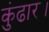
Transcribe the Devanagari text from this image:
कुंढार।